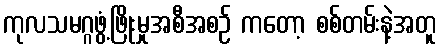
ကုလသမဂ္ဂဖွံ့ဖြိုးမှုအစီအစဉ် ကတော့ စစ်တမ်းနဲ့အတူ